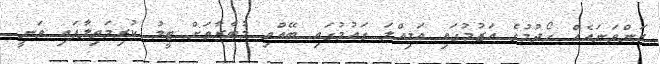
ރަންވަނައެއް ހޯދުމުގެ އަޒުމުގައި އަމިއްލަ ގައުމުގައި ބޭއްވި މުބާރާތަށް ޓީމު ކުރިމަތިލާފައި ވަނީ